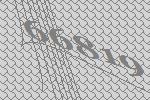
66819